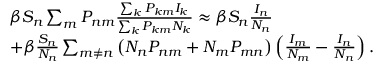
\begin{array} { r l } & { \beta S _ { n } \sum _ { m } P _ { n m } \frac { \sum _ { k } P _ { k m } I _ { k } } { \sum _ { k } P _ { k m } N _ { k } } \approx \beta S _ { n } \frac { I _ { n } } { N _ { n } } } \\ & { + \beta \frac { S _ { n } } { N _ { n } } \sum _ { m \neq n } \left( N _ { n } P _ { n m } + N _ { m } P _ { m n } \right) \left( \frac { I _ { m } } { N _ { m } } - \frac { I _ { n } } { N _ { n } } \right) . } \end{array}